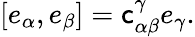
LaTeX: [e_{\alpha},e_{\beta}]=\mathsf{c}_{\alpha\beta}^{\gamma}e_{\gamma}.